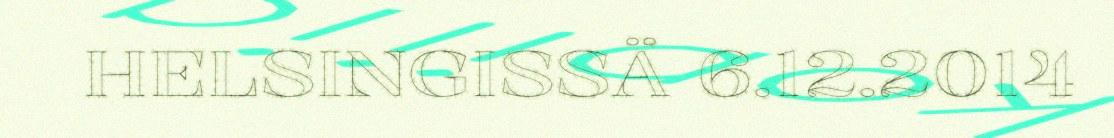
HELSINGISSÄ 6.12.2014